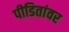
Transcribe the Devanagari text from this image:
पीडितांवर